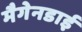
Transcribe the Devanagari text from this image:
मैगेनडाई